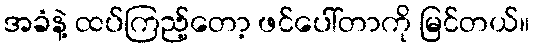
အခံနဲ့ ထပ်ကြည့်တော့ ဖင်ပေါ်တာကို မြင်တယ်။